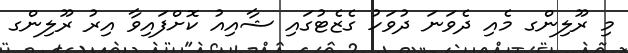
މި ރޫލިންގ މެއި ދެވަނަ ދުވަހު ގެޒެޓުގައި ޝާއިއު ކޮށްފައިވާ އިރު ރޫލިންގ